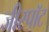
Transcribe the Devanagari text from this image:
जीस्पॉट